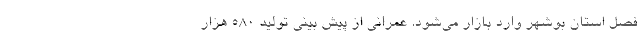
فصل استان بوشهر وارد بازار می‌شود. عمرانی از پیش بینی تولید 580 هزار